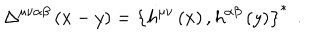
\Delta ^ { \mu \nu \alpha \beta } \left( x - y \right) = \left\{ h ^ { \mu \nu } \left( x \right) , h ^ { \alpha \beta } \left( y \right) \right\} ^ { * } \; \, .